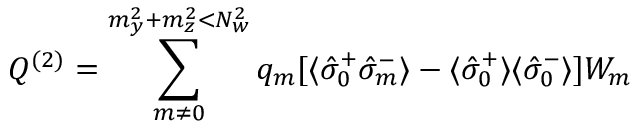
{ \cal Q } ^ { ( 2 ) } = \sum _ { m \neq 0 } ^ { m _ { y } ^ { 2 } + m _ { z } ^ { 2 } < N _ { w } ^ { 2 } } q _ { m } [ \langle \hat { \sigma } _ { 0 } ^ { + } \hat { \sigma } _ { m } ^ { - } \rangle - \langle \hat { \sigma } _ { 0 } ^ { + } \rangle \langle \hat { \sigma } _ { 0 } ^ { - } \rangle ] W _ { m }